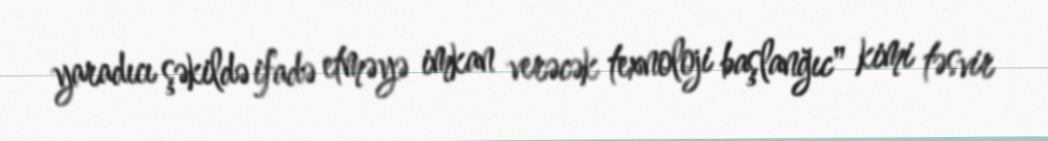
yaradıcı şəkildə ifadə etməyə imkan verəcək texnoloji başlanğıc" kimi təsvir